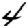
Digit: 4